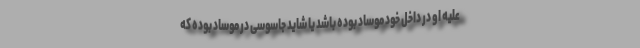
علیه او در داخل خود موساد بوده باشد یا شاید جاسوسی در موساد بوده که